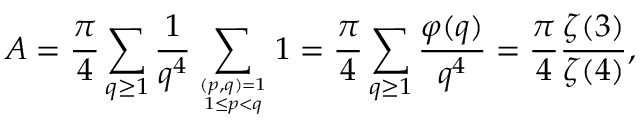
A = { \frac { \pi } { 4 } } \sum _ { q \geq 1 } { \frac { 1 } { q ^ { 4 } } } \sum _ { ( p , q ) = 1 \atop 1 \leq p < q } 1 = { \frac { \pi } { 4 } } \sum _ { q \geq 1 } { \frac { \varphi ( q ) } { q ^ { 4 } } } = { \frac { \pi } { 4 } } { \frac { \zeta ( 3 ) } { \zeta ( 4 ) } } ,